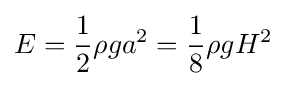
E={\frac {1}{2}}\rho ga^{2}={\frac {1}{8}}\rho gH^{2}